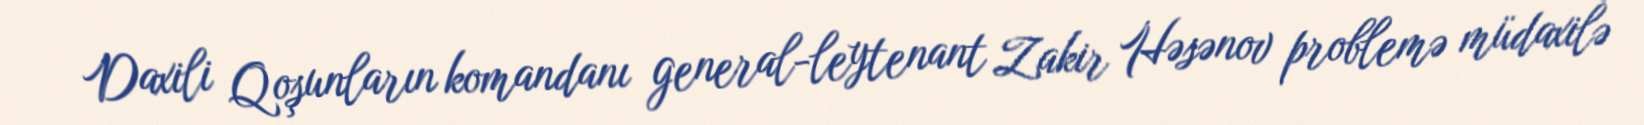
Daxili Qoşunların komandanı general-leytenant Zakir Həsənov problemə müdaxilə